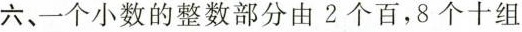
六、一个小数的整数部分有2个百，8个十组